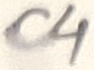
Text: C4